system: You are a helpful assistant.
user:
Analyze the provided spectrum to determine if it is a **S-type Star**.

- **Key Indicators for S-type Star:**

    - **(Overall Spectrum Shape):** The first and most obvious characteristic is the overall continuum (the "baseline" shape). It is **extremely "red-sloping,"** meaning the flux (light intensity) is very low on the left side (blue, ~4000-4500 Å) and rises steeply and continuously toward the right side (red, ~7000 Å+).

    - **(Primary):** The spectrum is defined by the presence of strong, broad molecular absorption "valleys" (bands) from **Zirconium Oxide (ZrO)**. The identification of these bands is the **primary requirement** for classifying a star as S-type.
        - **(Key Bandheads):** You must find distinct, deep "dips" where the light has been absorbed. The most critical band systems to locate are:
            - **~6474 Å** ($\gamma$-system): This is often the strongest and clearest ZrO feature, found in the red part of the spectrum.
            - **~5718 Å** & **~5551 Å** ($\beta$-system): A pair of prominent absorption features in the yellow-orange part of the spectrum.
            - **~4640 Å** ($\alpha$-system): A key absorption band system in the blue-green region of the spectrum.

    - **(Secondary Confirmation):** The classification is strengthened by finding additional absorption bands from other related heavy element oxides, which are expected to be present alongside ZrO.
        - **(Key Bandheads):**
            - **Yttrium Oxide (YO):** Look for absorption dips near **~4800 Å** and **~6100 Å**.
            - **Lanthanum Oxide (LaO):** Additional absorption features, particularly in the red-orange part of the spectrum, are also characteristic.

    - **(Line Profile):** The combination of the steep red continuum and these numerous, deep molecular bands (ZrO, YO, etc.) gives the entire spectrum a very **"chopped-up"** or **"bumpy"** appearance. Instead of a smooth curve, the spectrum looks as though large, wide chunks of light have been "carved out" of it at the specific wavelengths listed above.

Think first, call **spectral_visualization_tool** if needed to examine features in detail, then provide your final answer. Your response must adhere to the following strict rules:
1.  **Overall Structure:** Your response must follow the format `<think>...</think> <tool_call>...</tool_call> (if a tool is used) <answer>...</answer>`.
2.  **Tool Usage Constraint:** You may only make **one** tool call per turn.
3.  **Final Answer Format:** In the `<answer>` tag, your conclusion must be inside a `\boxed{}` command (e.g., `\boxed{YES}` or `\boxed{NO}`), followed by your justification.

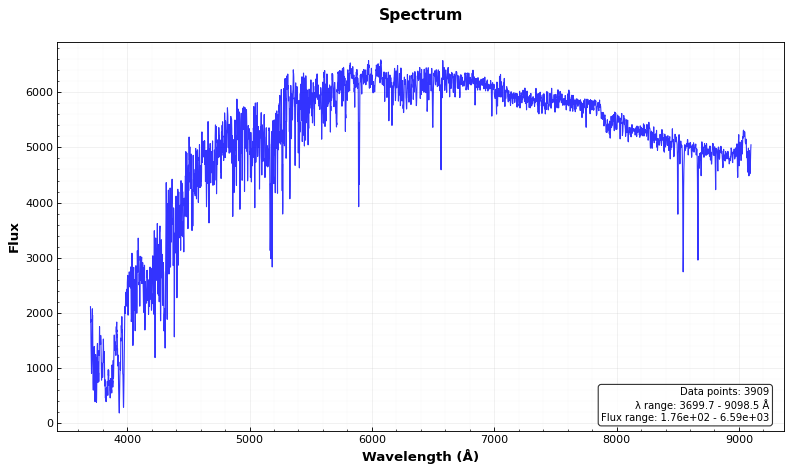
Answer: NO